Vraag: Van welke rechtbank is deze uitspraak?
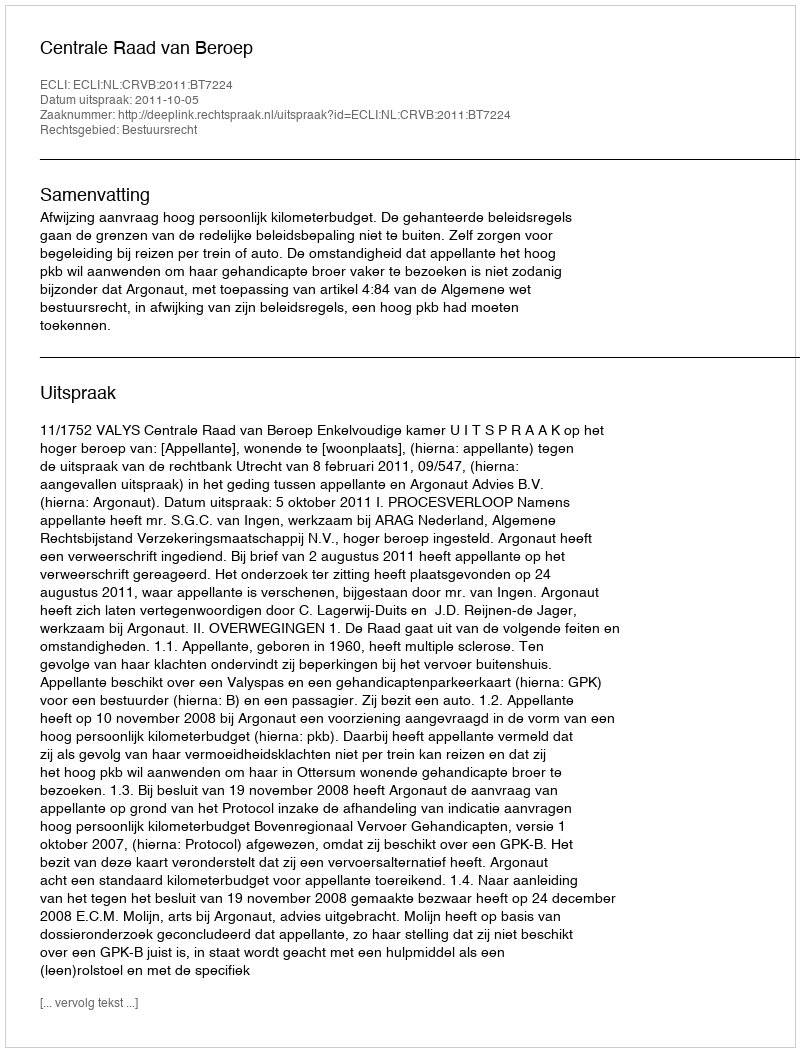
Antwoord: Centrale Raad van Beroep